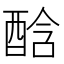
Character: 䣻